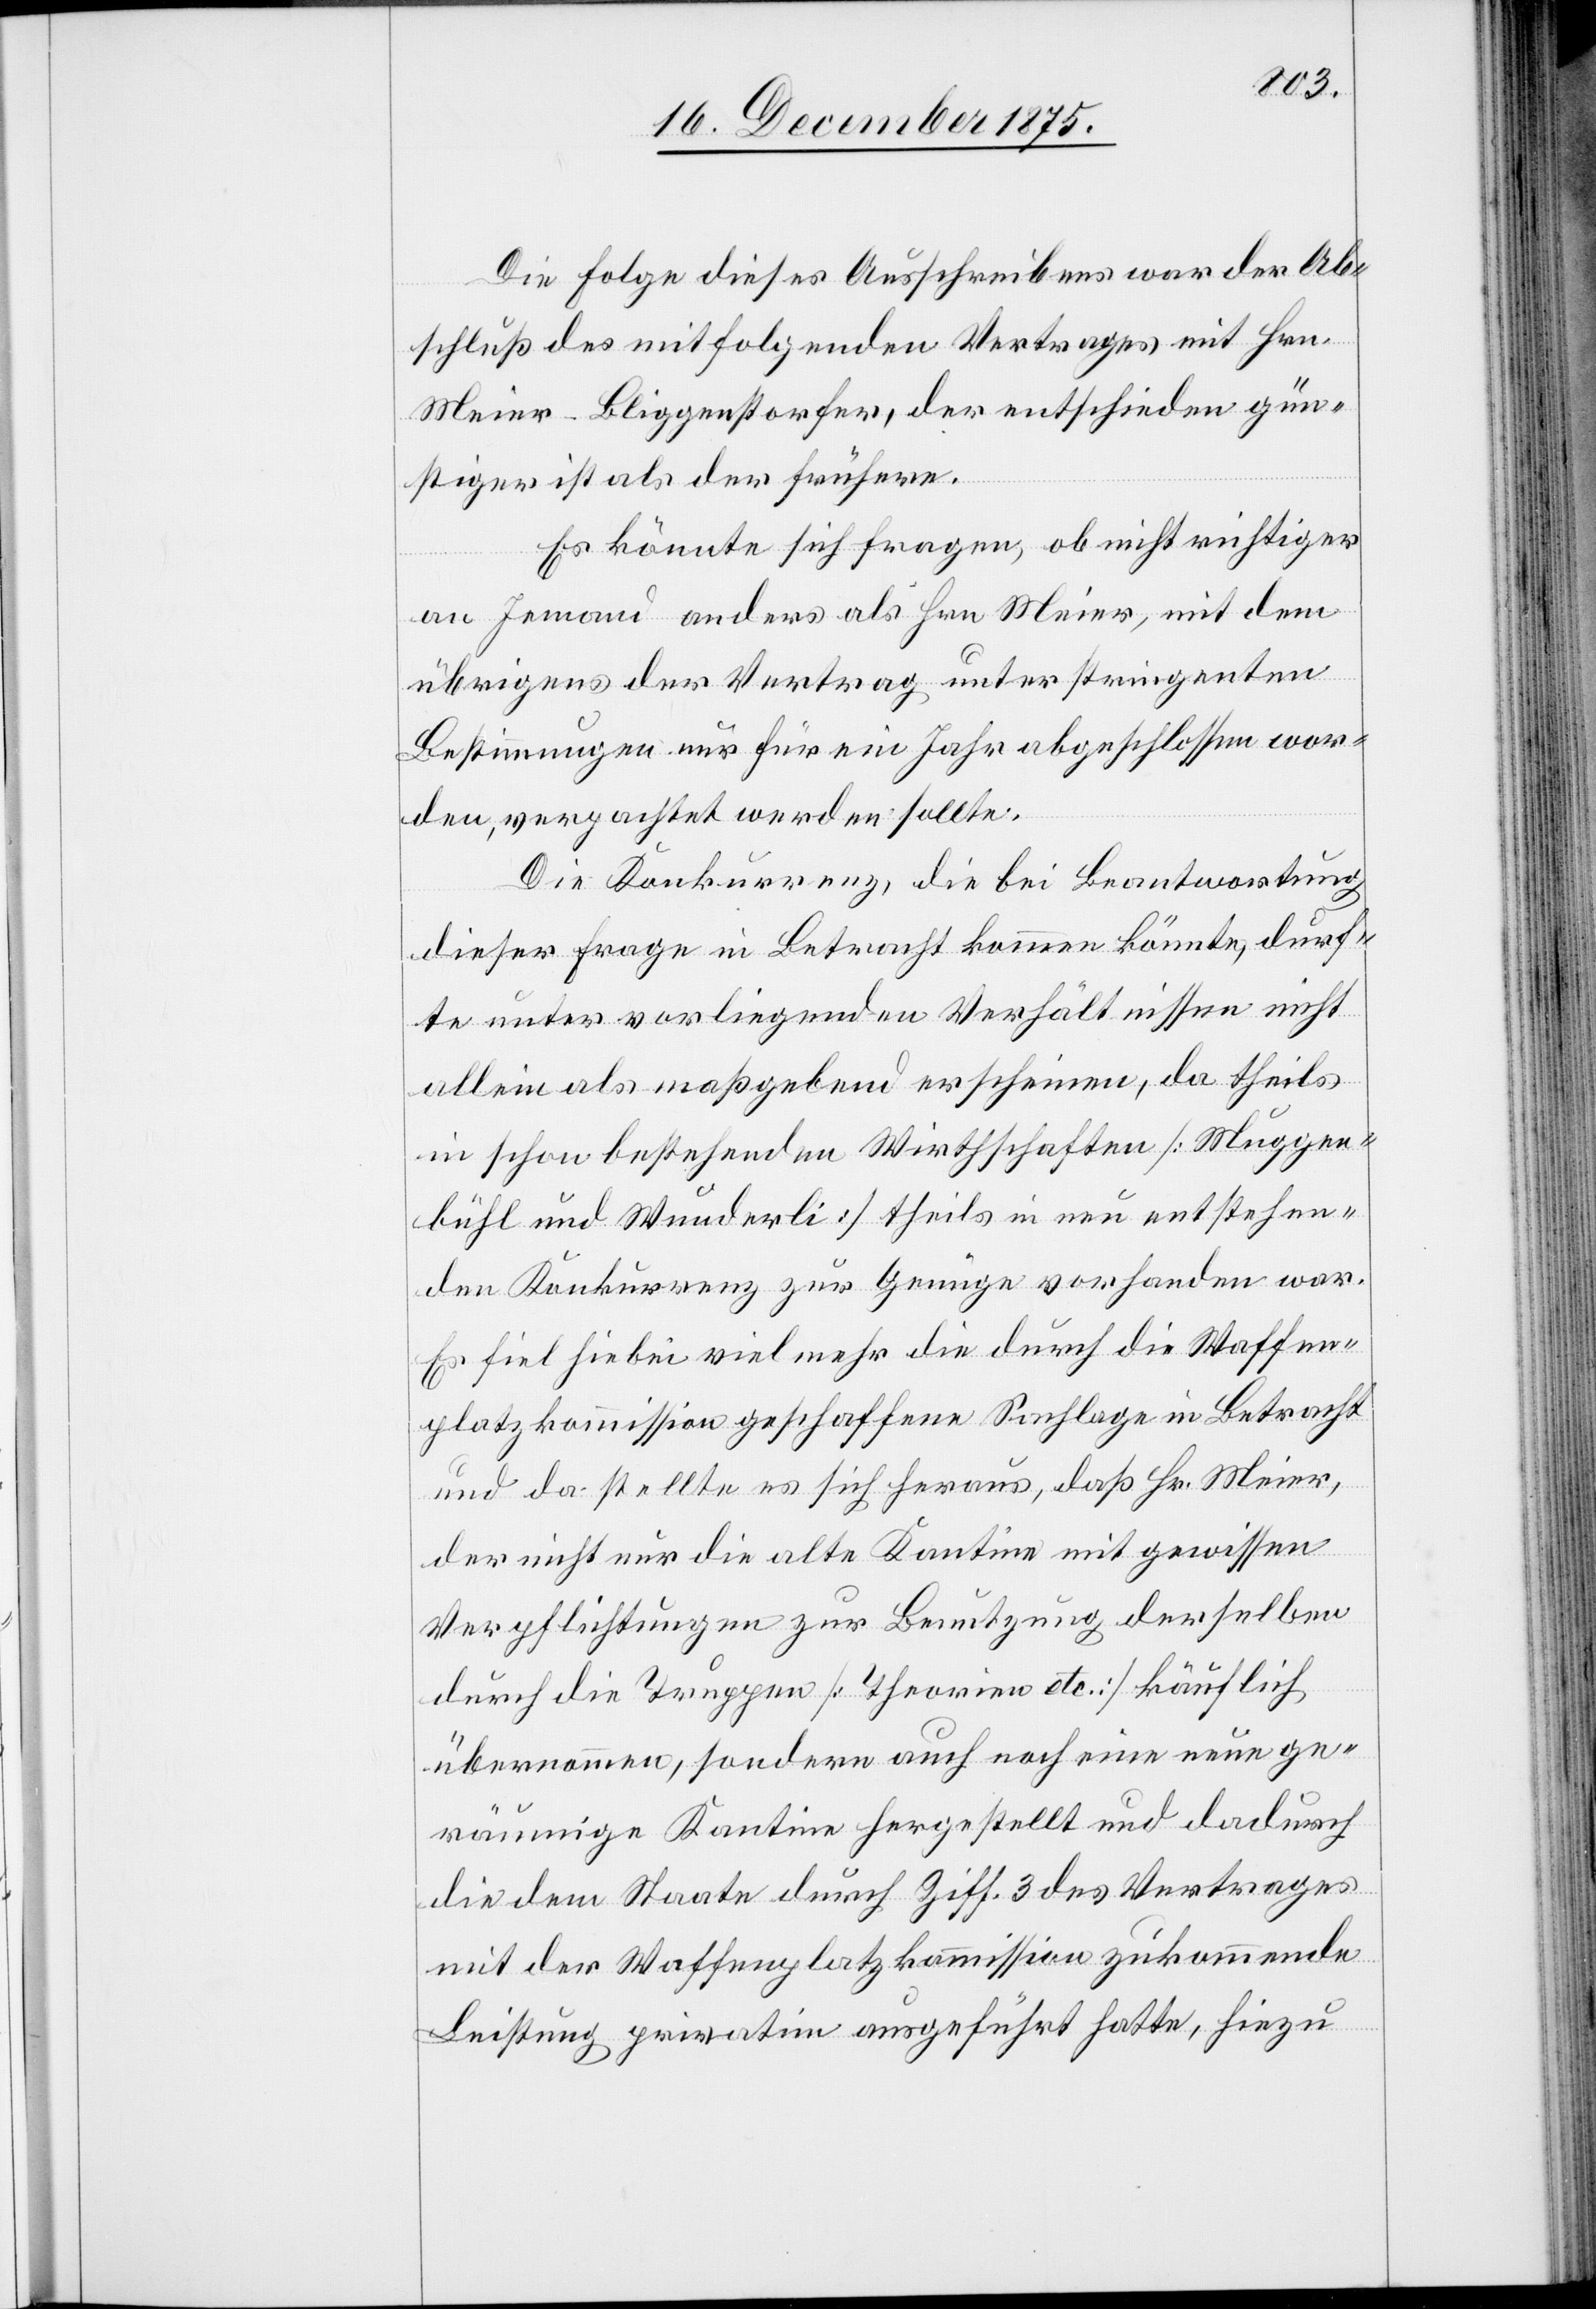
Die Folge dieses Ausschreibens war der Ab¬
schluß des mitfolgenden Vertrages mit Hrn.
Meier-Bliggenstorfer, der entschieden gün¬
stiger ist als der frühere.
Es könnte sich fragen, ob nicht richtiger
an Jemand anders als Hrn. Meier, mit dem
übrigens der Vertrag unter stringenten
Bestimmungen nur für ein Jahr abgeschlossen wor¬
den, verpachtet werden sollte.
Die Konkurrenz, die bei Beantwortung
dieser Frage in Betracht kommen könnte, durf¬
te unter vorliegenden Verhältnissen nicht
allein als maßgebend erscheinen, da theils
in schon bestehenden Wirthschaften [Muggen¬
bühl und Wunderli] theils in neu entstehen¬
den[,] Konkurrenz zur Genüge vorhanden war.
Es fiel hiebei viel mehr die durch die Waffen¬
platzkommission geschaffene Sachlage in Betracht
und da stellte es sich heraus, daß Hr. Meier,
der nicht nur die alte Kantine mit gewissen
Verpflichtungen zur Benutzung derselben
durch die Truppen [Theorien etc.] käuflich
übernommen, sondern auch noch eine neue ge¬
räumige Kantine hergestellt und dadurch
die dem Staate durch Ziff. 3 des Vertrages
mit der Waffenplatzkommission zukommende
Leistung privatim ausgeführt hatte, hiezu